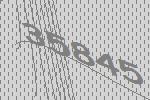
35845